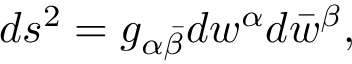
d s ^ { 2 } = g _ { \alpha \bar { \beta } } d w ^ { \alpha } d \bar { w } ^ { \beta } ,